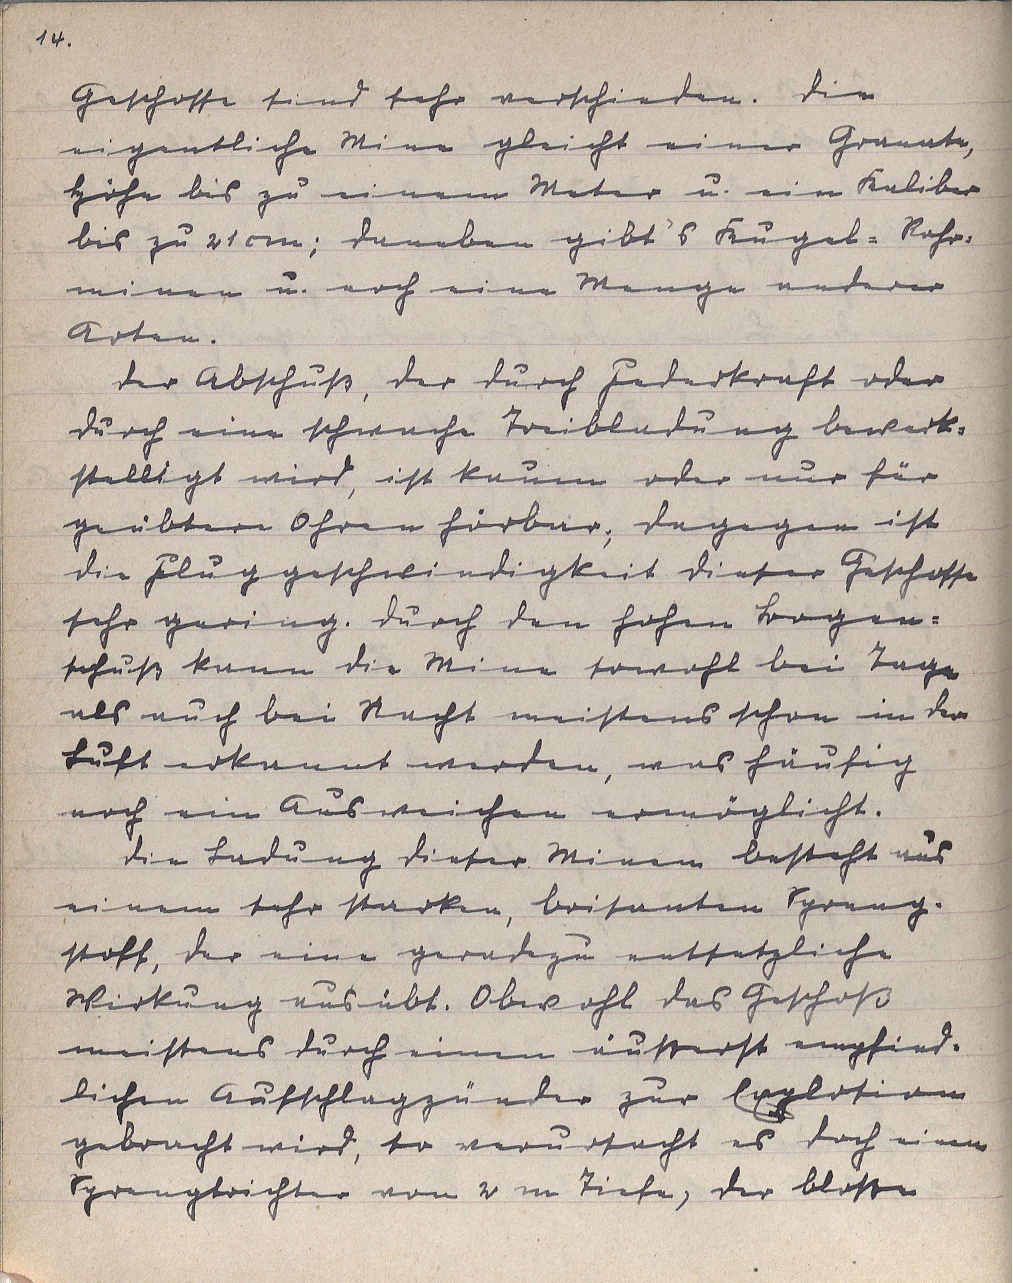
14.
Geschosse sind sehr verschieden. Die
eigentliche Mine gleicht einer Granate,
Höhe bis zu einem Meter u. ein Kaliber
bis zu 21 cm; daneben gibt's Kugel-Rohr¬
minen u. noch eine Menge anderer
Arten.
Der Abschuß, der durch Federkraft oder
durch eine schwache Treibladung bewerk¬
stelligt wird, ist kaum oder nur für
geübtere Ohren hörbar; dagegen ist
die Fluggeschwindigkeit dieser Geschosse
sehr gering. Durch den hohen Bogen¬
schuß kann die Mine sowohl bei Tage
als auch bei Nacht meistens schon in der
Luft erkannt werden, was häufig
noch ein Ausweichen ermöglicht.
Die Ladung dieser Minen besteht aus
einem sehr starken, brisanten Spreng¬
stoff, der eine geradezu entsetzliche
Wirkung ausübt. Obwohl das Geschoß
meistens durch einen äußerst empfind¬
lichen Aufschlagzünder zur Explosion
gebracht wird, so verursacht es doch einen
Sprengtrichter von 2 m Tiefe, der bloße